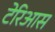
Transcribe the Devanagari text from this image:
टेरिआस